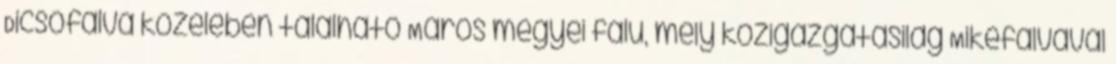
Dicsőfalva közelében található Maros megyei falu, mely közigazgatásilag Mikefalvával